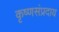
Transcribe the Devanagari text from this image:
कृष्णसंप्रदाय